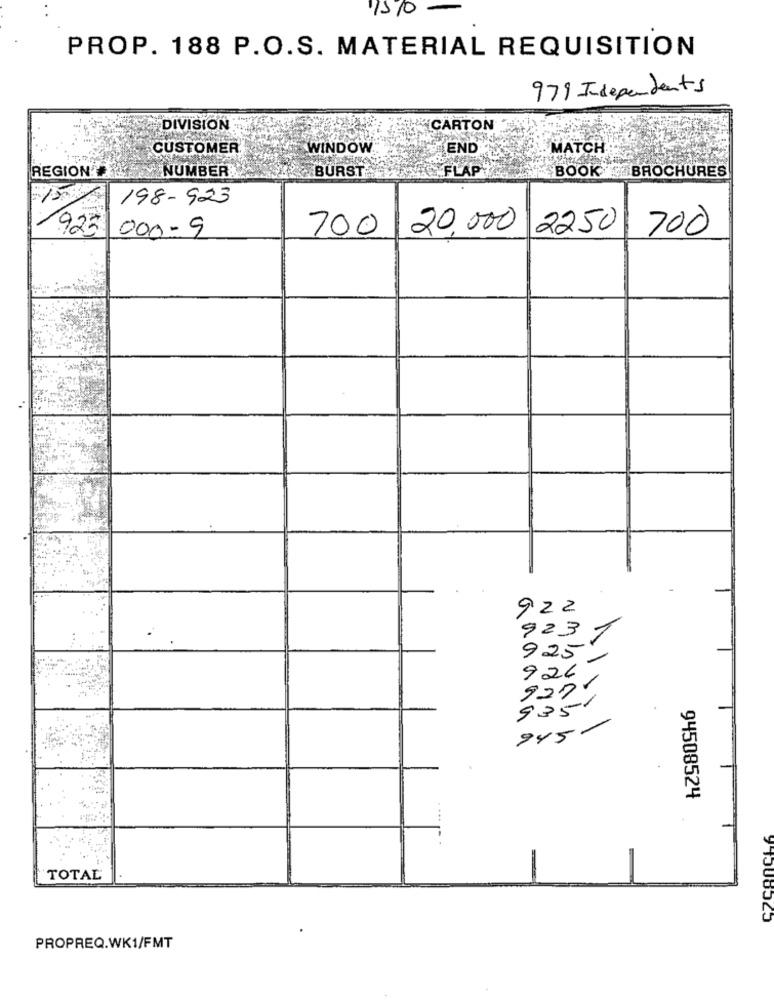
PROP. 188 P.O.S. MATERIAL REQUISITION
979 Independents
DIVISION
CARTON
CUSTOMER
WINDOW
END
MATCH
FLAP
BOOK BROCHURES
REGION
NUMBER
BURST
198-923
923
000-9
700 20,000 2250
700
922
923
1
925
926
1
927
9351
945
94508524
TOTAL
94508525
PROPREQ.WK1/FMT